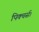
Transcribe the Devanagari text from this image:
पिक्चर्स।